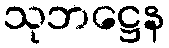
သုဘဋ္ဌေန